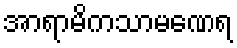
အာရာမိကသာမဏေရ